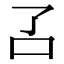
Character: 叾